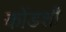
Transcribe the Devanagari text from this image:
कोंडशी